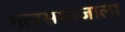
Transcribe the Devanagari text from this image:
गावसमाजाला